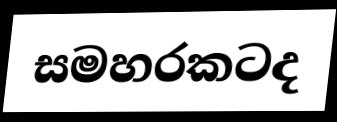
සමහරකටද